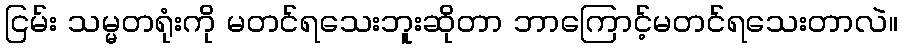
ငြမ်း သမ္မတရုံးကို မတင်ရသေးဘူးဆိုတာ ဘာကြောင့်မတင်ရသေးတာလဲ။